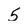
Character: 5